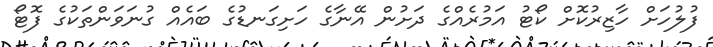
ފުލުހަށް ހާޒިރުކޮށް ކޯޓު އަމުރެއްގެ ދަށުން އޭނާގެ ހަށިގަނޑުގެ ބައެއް ގުނަވަންތަކުގެ ފޮޓޯ